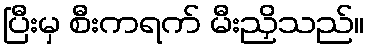
ပြီးမှ စီးကရက် မီးညှိသည်။